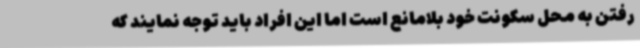
رفتن به محل سکونت خود بلامانع است اما این افراد باید توجه نمایند که